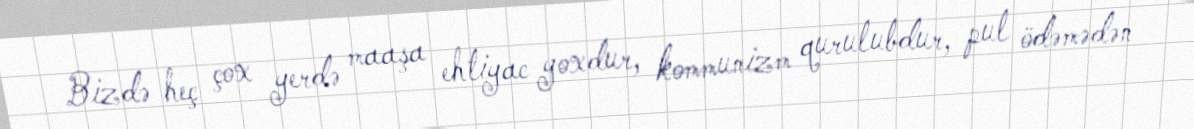
Bizdə heç çox yerdə maaşa ehtiyac yoxdur, kommunizm qurulubdur, pul ödəmədən